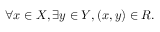
\forall x \in X , \exists y \in Y , ( x , y ) \in R .